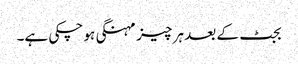
بجٹ کے بعد ہر چیز مہنگی ہو چکی ہے۔